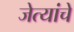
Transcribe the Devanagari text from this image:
जेत्यांचे